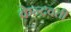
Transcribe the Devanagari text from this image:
केन्द्रवर्ती